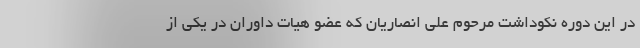
در این دوره نکوداشت مرحوم علی انصاریان که عضو هیات داوران در یکی از